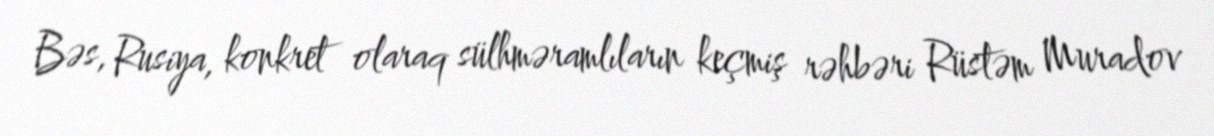
Bəs, Rusiya, konkret olaraq sülhməramlıların keçmiş rəhbəri Rüstəm Muradov